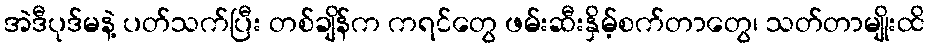
အဲဒီပုဒ်မနဲ့ ပတ်သက်ပြီး တစ်ချိန်က ကရင်တွေ ဖမ်းဆီးနှိမ့်စက်တာတွေ၊ သတ်တာမျိုးထိ